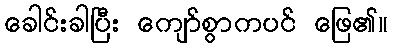
ခေါင်းခါပြီး ကျော်စွာကပင် ဖြေ၏။